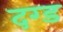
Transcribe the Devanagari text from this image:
दग्ड